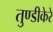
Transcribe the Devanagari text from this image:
तुण्डीकेरे